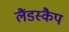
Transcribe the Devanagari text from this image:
लैंडस्कैप